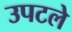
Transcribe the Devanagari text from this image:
उपटले